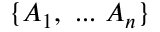
\{ A _ { 1 } , ~ . . . ~ A _ { n } \}